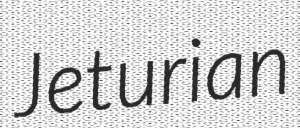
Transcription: Jeturian